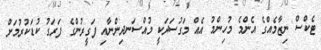
ޓެކްސް ނިޒާމެއްގެ އެންމެ މުހިންމު އެއް މަގުސަދަކީ މުއްސަނދިންނާއި ފަގީރުންގެ ފަރަގު ކުޑަކުރުމަށް